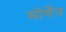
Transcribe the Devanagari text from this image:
मोर्गेन